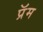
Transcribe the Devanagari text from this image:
प्रॅम